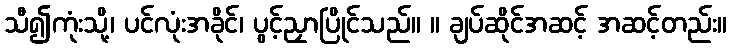
သီ၍ကုံးသို့၊ ပင်လုံးအခိုင်၊ ပွင့်ညှာပြိုင်သည်။ ။ ချပ်ဆိုင်အဆင့် အဆင့်တည်း။